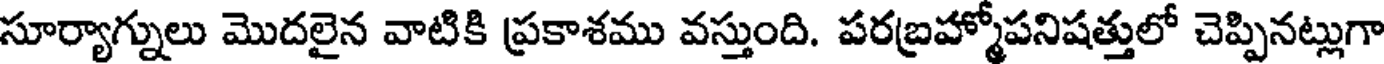
సూర్యాగ్నులు మొదలైన వాటికి ప్రకాశము వస్తుంది. పరబ్రహ్మోపనిషత్తులో చెప్పినట్లుగా